Report of the Bombay Plague Committee
Disease focus: Plague
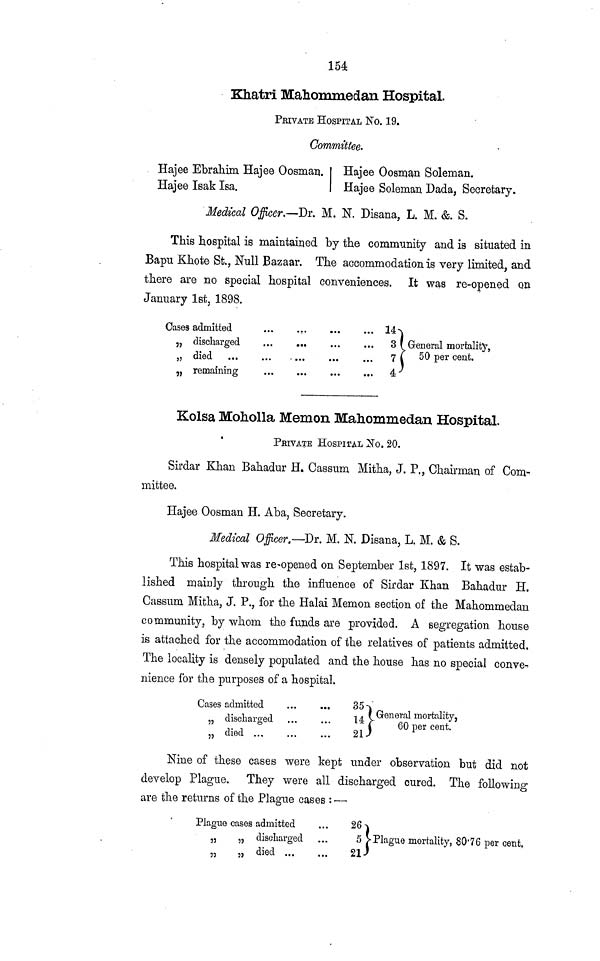
154
Khatri Mahommedan Hospital.
PBIVATE HOSPITAL No. 19.
Committee-
Hajee Ebrahim Hajee Oosman. Hajee Oosman Soleman.
Hajee Isak Isa.
Hajee Soleman Dada, Secretary.
Medical Officer.—Dr. M. N. Disarm, L. M. &. S.
This hospital is maintained by the community and is situated in
Bapu Khote St., Null Bazaar. The accommodation is very limited, and
there are no special hospital conveniences. It was re-opened on
January 1st, 1898.
Cases admitted
„
„
„
discharged
died
remaining
14
3
7
4
General mortality,
50 per cent.
Kolsa Moliolla Memon Mahommedan Hospital.
PBIVATE HOSPITAL "No. 20.
Sirdar Khan Bahadur H. Cassum Mitha, J. P., Chairman of Com-'
mittee.
Hajee Oosman H. Aba, Secretary.
Medical Officer.—Dr. M. N. Disana, L. M. & S.
This hospital was re-opened on September 1st, 1897. It was estab-
lished mainly through the influence of Sirdar Khan Bahadur H.
Cassum Mitha, J. P., for the Halai Memon section of the Mahommedan
community, by whom the funds are provided. A segregation house
is attached for the accommodation of the relatives of patients admitted.
The locality is densely populated and the house has no special conve-
nience for the purposes of a hospital.
Cases admitted
„
„
discharged
died ...
...
...
...
......
...
...
35
14
21
1
1
_i TJ.
General mortality,
60 per cent.
Nine of these cases were kept under observation but did not
develop Plague. They were all discharged cured. The following
are the returns of the Plague cases : —
Plague cases admitted
„
„
discharged
died ...
...
...
...
26
5
21-
Plague mortality, 80·76 per cent,